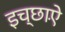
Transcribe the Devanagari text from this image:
इच्छाऐं